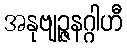
အနုဗျဉ္ဇနဂ္ဂါဟီ